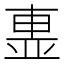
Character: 𣌽